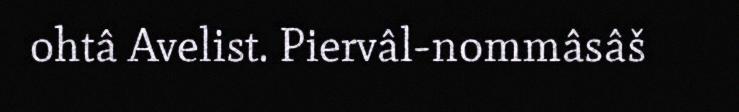
ohtâ Avelist. Piervâl-nommâsâš